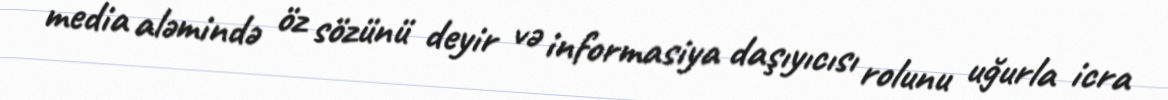
media aləmində öz sözünü deyir və informasiya daşıyıcısı rolunu uğurla icra